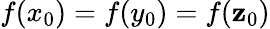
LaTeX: f(x_{0})=f(y_{0})=f(\mathbf{z}_{0})